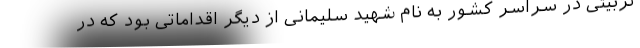
تربیتی در سراسر کشور به نام شهید سلیمانی از دیگر اقداماتی بود که در